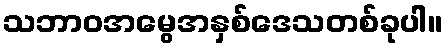
သဘာဝအမွေအနှစ်ဒေသတစ်ခုပါ။